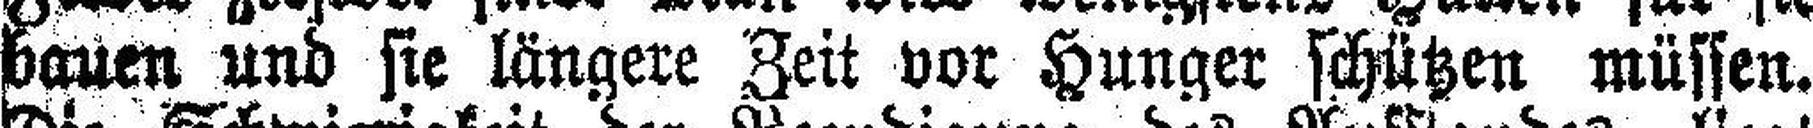
bauen und sie längere Zeit vor Hunger schützen müssen.